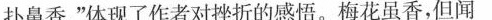
扑鼻香。”体现了作者对挫折的感悟。梅花虽香，但闻